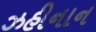
ઝહીનાન